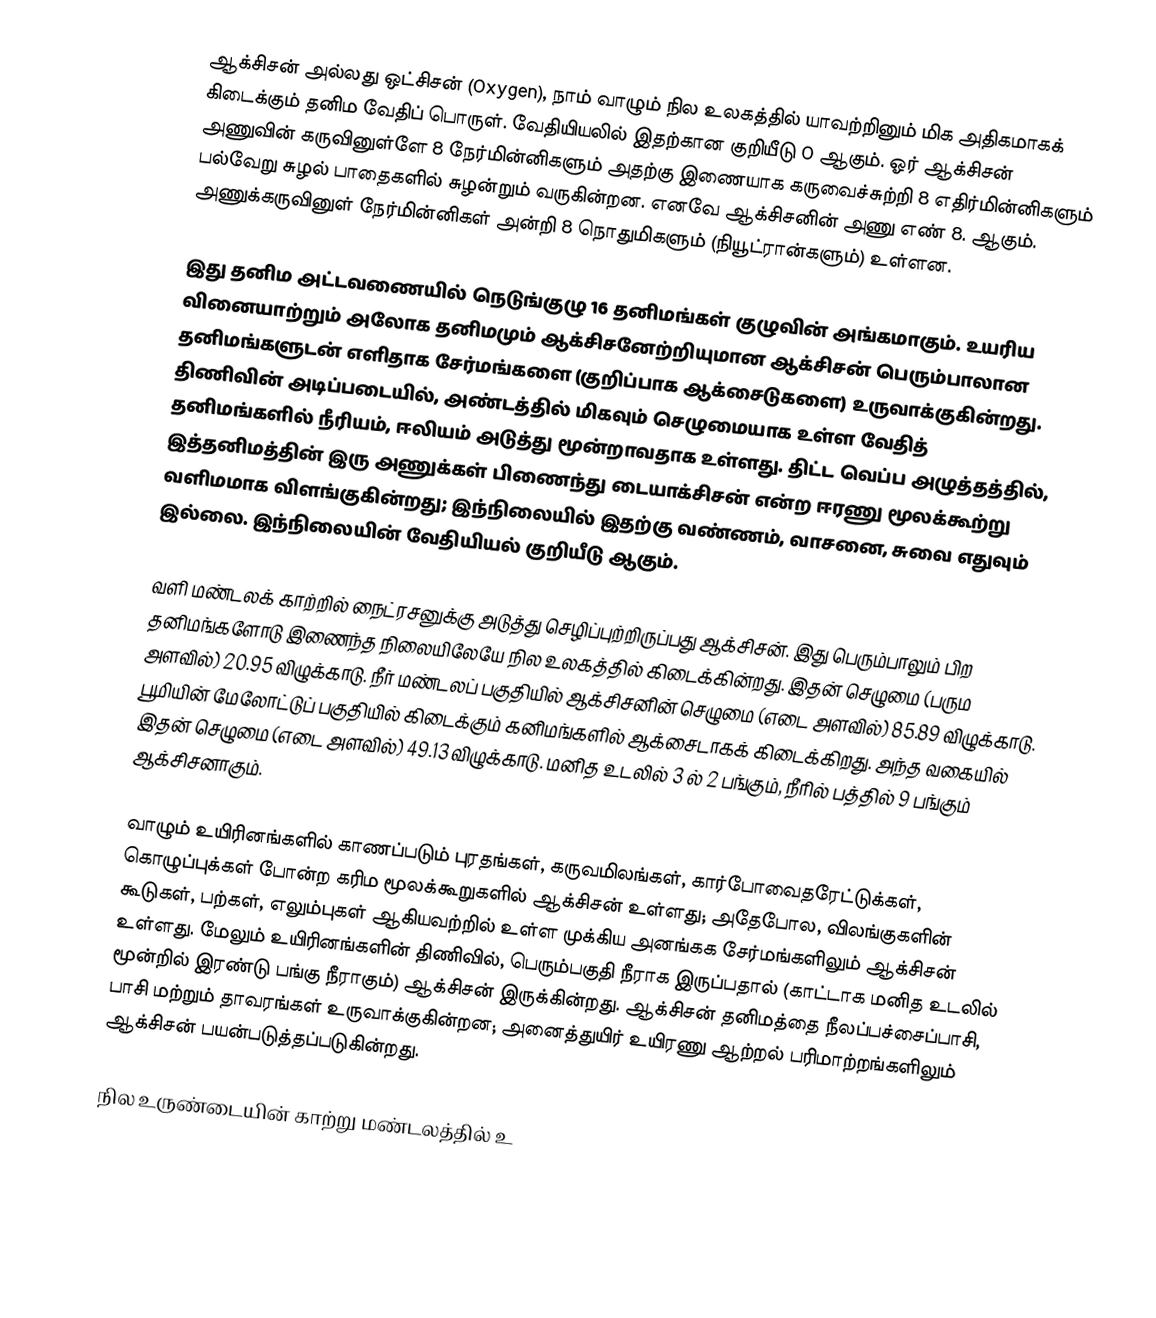
ஆக்சிசன் அல்லது ஒட்சிசன் (Oxygen), நாம் வாழும் நில உலகத்தில் யாவற்றினும் மிக அதிகமாகக் கிடைக்கும் தனிம வேதிப் பொருள். வேதியியலில் இதற்கான குறியீடு  O ஆகும். ஓர் ஆக்சிசன் அணுவின் கருவினுள்ளே 8 நேர்மின்னிகளும் அதற்கு இணையாக கருவைச்சுற்றி 8 எதிர்மின்னிகளும் பல்வேறு சுழல் பாதைகளில் சுழன்றும் வருகின்றன. எனவே ஆக்சிசனின் அணு எண் 8. ஆகும். அணுக்கருவினுள் நேர்மின்னிகள் அன்றி 8 நொதுமிகளும் (நியூட்ரான்களும்) உள்ளன.

இது தனிம அட்டவணையில் நெடுங்குழு 16 தனிமங்கள் குழுவின் அங்கமாகும். உயரிய வினையாற்றும் அலோக தனிமமும் ஆக்சிசனேற்றியுமான ஆக்சிசன் பெரும்பாலான தனிமங்களுடன் எளிதாக சேர்மங்களை (குறிப்பாக ஆக்சைடுகளை) உருவாக்குகின்றது. திணிவின் அடிப்படையில், அண்டத்தில் மிகவும் செழுமையாக உள்ள வேதித் தனிமங்களில் நீரியம், ஈலியம் அடுத்து  மூன்றாவதாக உள்ளது. திட்ட வெப்ப அழுத்தத்தில், இத்தனிமத்தின் இரு அணுக்கள்  பிணைந்து டையாக்சிசன் என்ற ஈரணு மூலக்கூற்று வளிமமாக விளங்குகின்றது; இந்நிலையில் இதற்கு வண்ணம், வாசனை, சுவை எதுவும் இல்லை. இந்நிலையின் வேதியியல் குறியீடு  ஆகும்.

வளி மண்டலக் காற்றில் நைட்ரசனுக்கு அடுத்து செழிப்புற்றிருப்பது ஆக்சிசன். இது பெரும்பாலும் பிற தனிமங்களோடு இணைந்த நிலையிலேயே நில உலகத்தில் கிடைக்கின்றது. இதன் செழுமை (பரும அளவில்) 20.95 விழுக்காடு. நீர் மண்டலப் பகுதியில் ஆக்சிசனின் செழுமை (எடை அளவில்) 85.89 விழுக்காடு.  பூமியின் மேலோட்டுப் பகுதியில் கிடைக்கும் கனிமங்களில் ஆக்சைடாகக் கிடைக்கிறது. அந்த வகையில் இதன் செழுமை (எடை அளவில்) 49.13 விழுக்காடு.  மனித உடலில் 3 ல் 2 பங்கும், நீரில் பத்தில் 9 பங்கும் ஆக்சிசனாகும்.

வாழும் உயிரினங்களில் காணப்படும் புரதங்கள், கருவமிலங்கள், கார்போவைதரேட்டுக்கள், கொழுப்புக்கள் போன்ற கரிம மூலக்கூறுகளில் ஆக்சிசன் உள்ளது; அதேபோல, விலங்குகளின் கூடுகள், பற்கள், எலும்புகள் ஆகியவற்றில் உள்ள முக்கிய அனங்கக சேர்மங்களிலும் ஆக்சிசன் உள்ளது. மேலும் உயிரினங்களின் திணிவில், பெரும்பகுதி நீராக இருப்பதால் (காட்டாக மனித உடலில் மூன்றில் இரண்டு பங்கு நீராகும்) ஆக்சிசன் இருக்கின்றது. ஆக்சிசன் தனிமத்தை நீலப்பச்சைப்பாசி, பாசி மற்றும் தாவரங்கள் உருவாக்குகின்றன; அனைத்துயிர் உயிரணு ஆற்றல் பரிமாற்றங்களிலும் ஆக்சிசன் பயன்படுத்தப்படுகின்றது.

நில உருண்டையின் காற்று மண்டலத்தில் உ